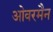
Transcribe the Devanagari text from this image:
ओवरमैन